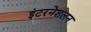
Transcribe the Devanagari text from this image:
इंटरनेशलन